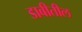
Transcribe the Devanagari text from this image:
डाबीतील